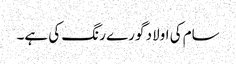
سام کی اولاد گورے رنگ کی ہے۔